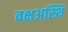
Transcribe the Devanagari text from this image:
वक्षअस्थि